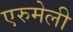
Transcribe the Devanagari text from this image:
एरुमेली